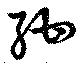
紺